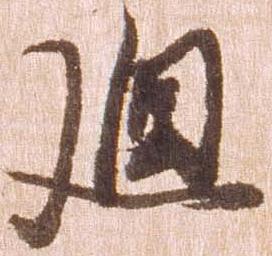
廻